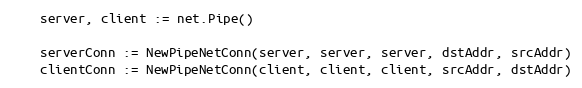
Language: Go
	server, client := net.Pipe()

	serverConn := NewPipeNetConn(server, server, server, dstAddr, srcAddr)
	clientConn := NewPipeNetConn(client, client, client, srcAddr, dstAddr)